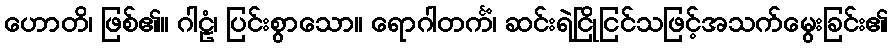
ဟောတိ၊ ဖြစ်၏။ ဂါဠံ၊ ပြင်းစွာသော။ ရောဂါတင်္ကံ၊ ဆင်းရဲငြိုငြင်သဖြင့်အသက်မွေးခြင်း၏